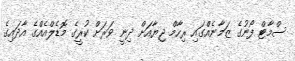
ސްމާޓް ފޯނުގެ ޒަމާނެއްގައި ރިހާމް ޖިޔާއަށް ދިނީ ވަރަށް ކުރީގެ މޮޑެލްއެއްގެ އާދައިގެ